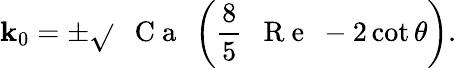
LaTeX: \mathbf{k}_{0}=\pm\sqrt{}{{\mathrm{{~\textit{~}{~C~a~}~}}\left(\frac{{8}}{{5}}\mathrm{{~\textit{~}{~R~e~}~}}-2\cot\theta\right)}}.